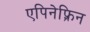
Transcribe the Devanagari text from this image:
एपिनेफ़्रिन